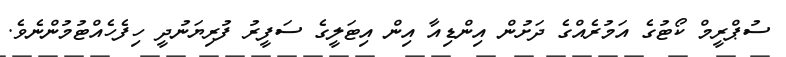
ސުޕްރީމް ކޯޓުގެ އަމުރެއްގެ ދަށުން އިންޑިއާ އިން އިޓަލީގެ ސަފީރު ފުރިޔަނުދީ ހިފެހެއްޓުމުންނެވެ.